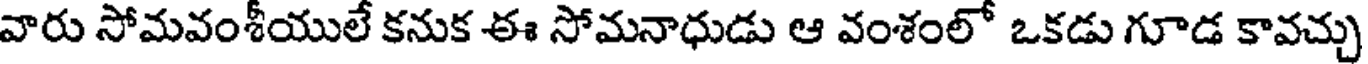
వారు సోమవంశీయులే కనుక ఈ సోమనాధుడు ఆ వంశంలో ఒకడు గూడ కావచ్చు